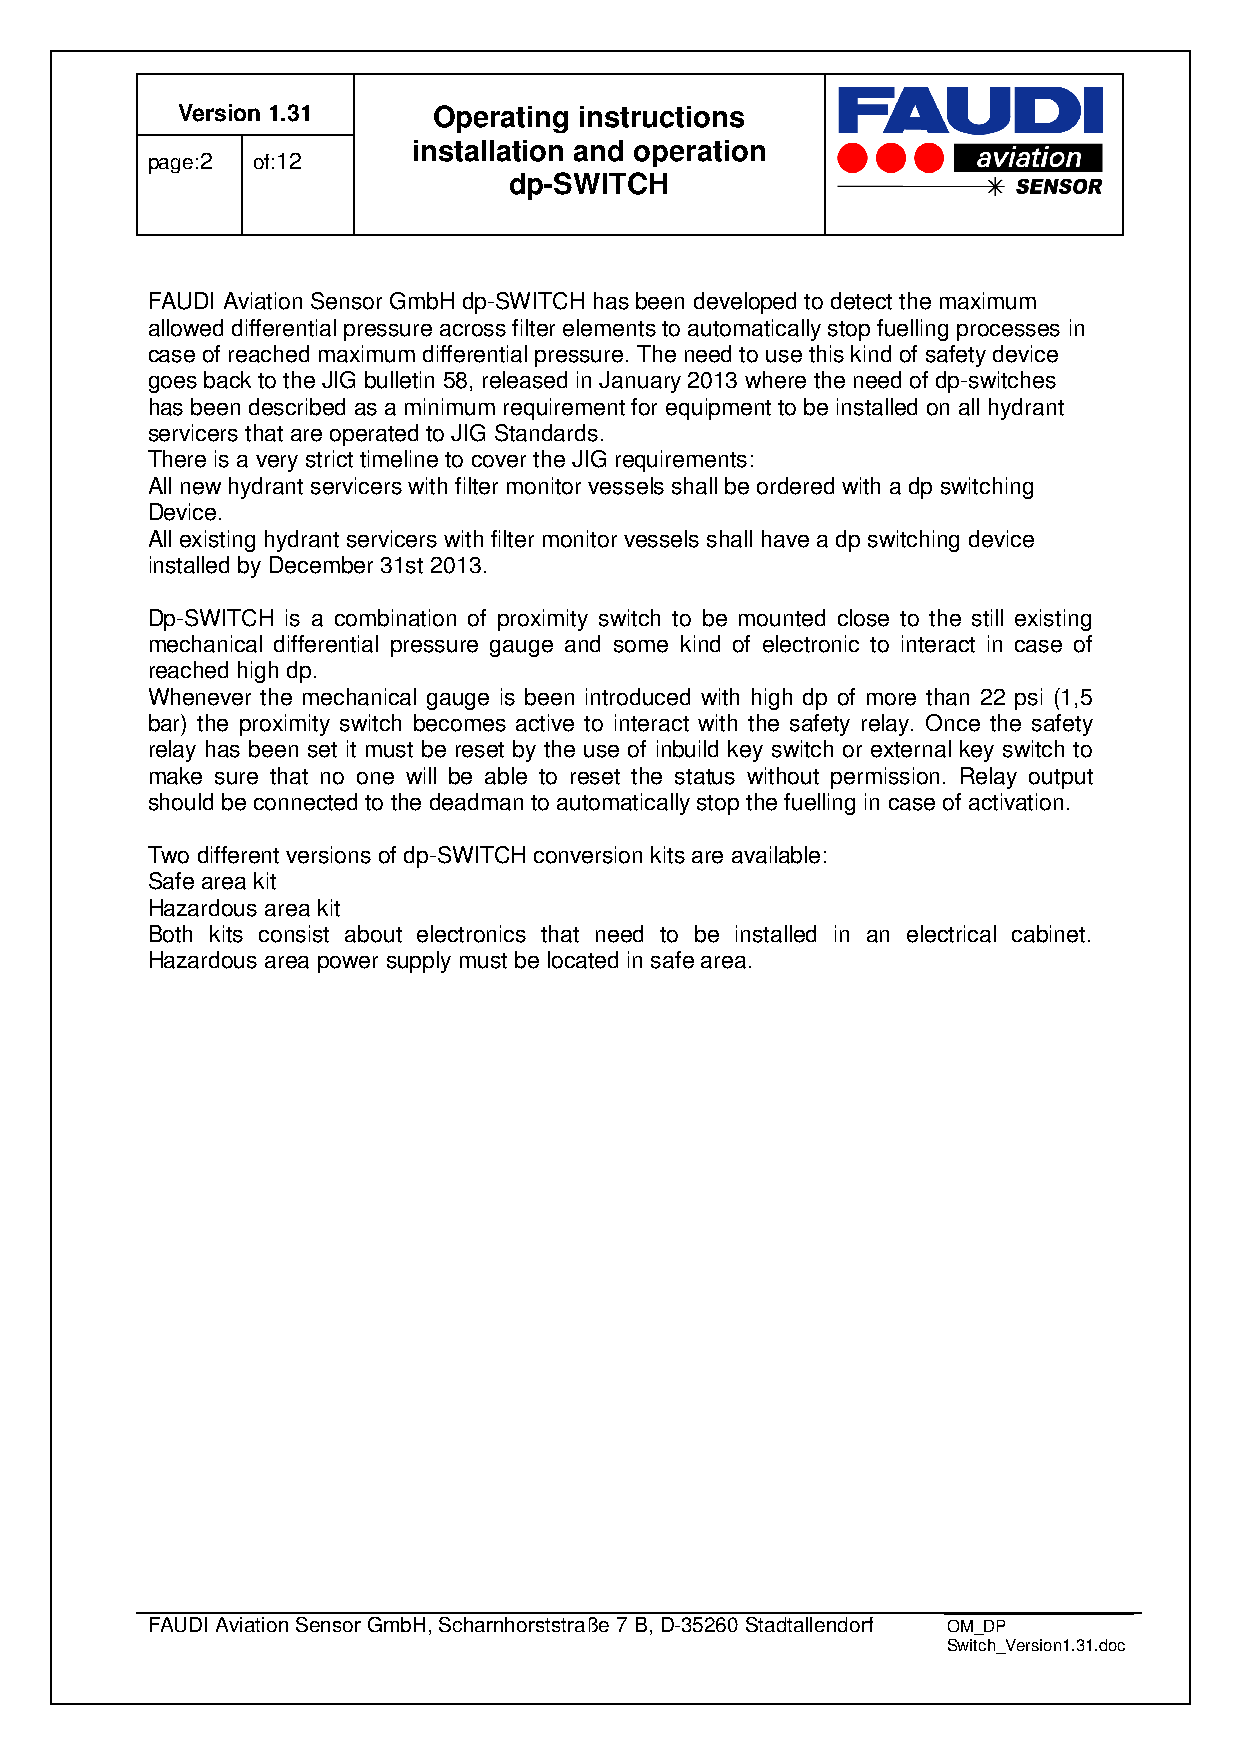
Version 1.31     Operating instructions
 installation and operation
 page:2 of:12
 dp-SWITCH
 FAUDI Aviation Sensor GmbH dp-SWITCH has been developed to detect the maximum
 allowed differential pressure across filter elements to automatically stop fuelling processes in
 case of reached maximum differential pressure. The need to use this kind of safety device
 goes back to the JIG bulletin 58, released in January 2013 where the need of dp-switches
 has been described as a minimum requirement for equipment to be installed on all hydrant
 servicers that are operated to JIG Standards.
 There is a very strict timeline to cover the JIG requirements:
 All new hydrant servicers with filter monitor vessels shall be ordered with a dp switching
 Device.
 All existing hydrant servicers with filter monitor vessels shall have a dp switching device
 installed by December 31st 2013.
 Dp-SWITCH is a combination of proximity switch to be mounted close to the still existing
 mechanical differential pressure gauge and some kind of electronic to interact in case of
 reached high dp.
 Whenever the mechanical gauge is been introduced with high dp of more than 22 psi (1,5
 bar) the proximity switch becomes active to interact with the safety relay. Once the safety
 relay has been set it must be reset by the use of inbuild key switch or external key switch to
 make sure that no one will be able to reset the status without permission. Relay output
 should be connected to the deadman to automatically stop the fuelling in case of activation.
 Two different versions of dp-SWITCH conversion kits are available:
 Safe area kit
 Hazardous area kit
 Both kits consist about electronics that need to be installed in an electrical cabinet.
 Hazardous area power supply must be located in safe area.
 FAUDI Aviation Sensor GmbH, Scharnhorststraße 7 B, D-35260 Stadtallendorf OM_DP
 Switch_Version1.31.doc